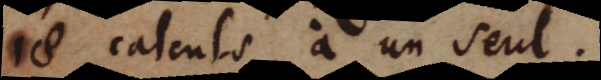
_ calculs à un seul.